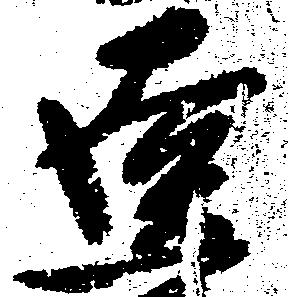
遠